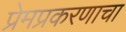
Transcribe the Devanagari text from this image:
प्रेमप्रकरणाचा